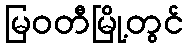
မြဝတီမြို့တွင်